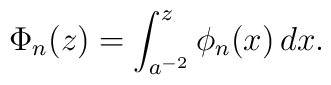
\Phi_{n}(z) = \int_{a^{-2}}^{z} \phi_{n}(x) \, dx .